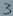
Text: 3